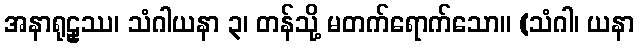
အနာရုဠှဿ၊ သံဂါယနာ ၃၊ တန်သို့ မတက်ရောက်သော။ (သံဂါ၊ ယနာ